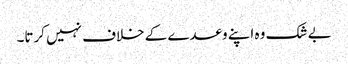
بے شک وہ اپنے وعدے کے خلاف نہیں کرتا۔